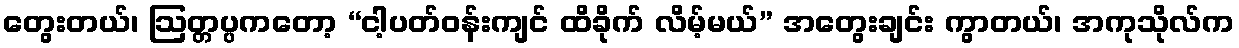
တွေးတယ်၊ ဩတ္တပ္ပကတော့ “ငါ့ပတ်ဝန်းကျင် ထိခိုက် လိမ့်မယ်” အတွေးချင်း ကွာတယ်၊ အကုသိုလ်က